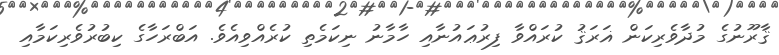
ޤާރޫނުގެ މުދާވެރިކަން ޣަރަޤު ކުރައްވާ ފިރުޢައުނާއި ހާމާނު ނިކަމެތި ކުރެއްވިއެވެ. އަބްރަހާގެ ކިބުރުވެރިކަމާއި